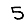
Digit: 5